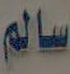
سالم